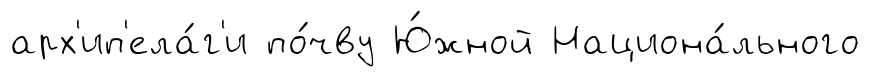
арх'ип'ела́г'и по́чву Ю́жной Национа́льного